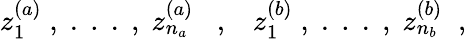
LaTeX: z_{1}^{(a)}\; ,\; .\; .\; .\; ,\; z_{n_{a}}^{(a)}\; \; \; ,\; \; \; z_{1}^{(b)}\; ,\; .\; .\; .\; ,\; z_{n_{b}}^{(b)}\; \; ,